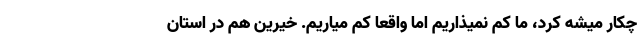
چکار میشه کرد، ما کم نمیذاریم اما واقعاً کم میاریم. خیرین هم در استان